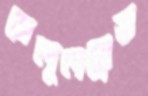
সেলুলয়েত